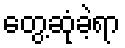
တွေ့ဆုံခဲ့ရာ